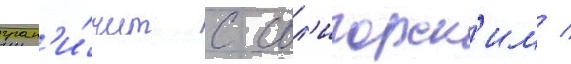
гран'и́чит с сол'игорск'им /